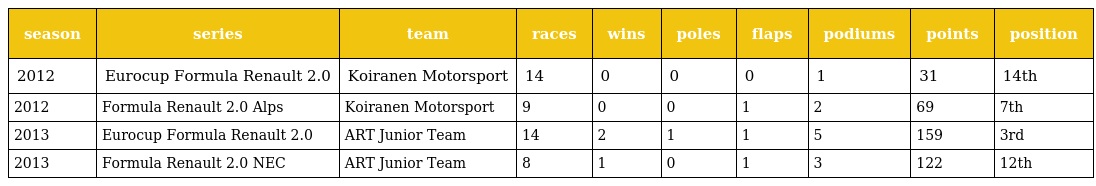
| season | series | team | races | wins | poles | flaps | podiums | points | position |
 | --- | --- | --- | --- | --- | --- | --- | --- | --- | --- |
 | 2012 | Eurocup Formula Renault 2.0 | Koiranen Motorsport | 14 | 0 | 0 | 0 | 1 | 31 | 14th |
 | 2012 | Formula Renault 2.0 Alps | Koiranen Motorsport | 9 | 0 | 0 | 1 | 2 | 69 | 7th |
 | 2013 | Eurocup Formula Renault 2.0 | ART Junior Team | 14 | 2 | 1 | 1 | 5 | 159 | 3rd |
 | 2013 | Formula Renault 2.0 NEC | ART Junior Team | 8 | 1 | 0 | 1 | 3 | 122 | 12th |